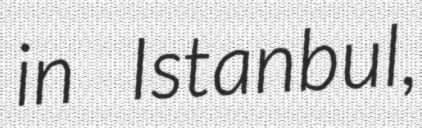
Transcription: in Istanbul,